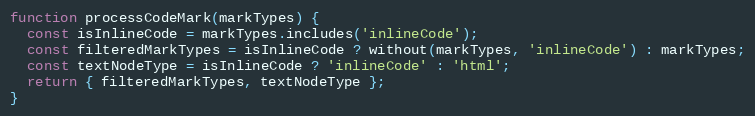
Language: JavaScript
function processCodeMark(markTypes) {
  const isInlineCode = markTypes.includes('inlineCode');
  const filteredMarkTypes = isInlineCode ? without(markTypes, 'inlineCode') : markTypes;
  const textNodeType = isInlineCode ? 'inlineCode' : 'html';
  return { filteredMarkTypes, textNodeType };
}